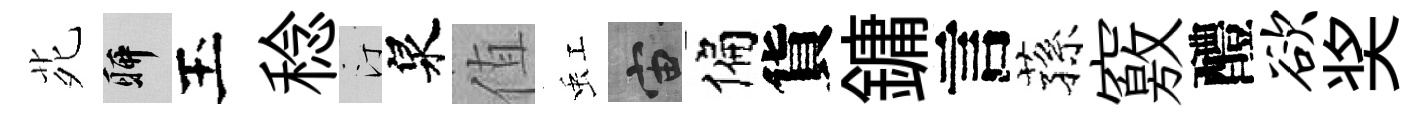
𫟍聊玉稔汀泉值虹宙偏貨鏞言蓀竅醴欲奖